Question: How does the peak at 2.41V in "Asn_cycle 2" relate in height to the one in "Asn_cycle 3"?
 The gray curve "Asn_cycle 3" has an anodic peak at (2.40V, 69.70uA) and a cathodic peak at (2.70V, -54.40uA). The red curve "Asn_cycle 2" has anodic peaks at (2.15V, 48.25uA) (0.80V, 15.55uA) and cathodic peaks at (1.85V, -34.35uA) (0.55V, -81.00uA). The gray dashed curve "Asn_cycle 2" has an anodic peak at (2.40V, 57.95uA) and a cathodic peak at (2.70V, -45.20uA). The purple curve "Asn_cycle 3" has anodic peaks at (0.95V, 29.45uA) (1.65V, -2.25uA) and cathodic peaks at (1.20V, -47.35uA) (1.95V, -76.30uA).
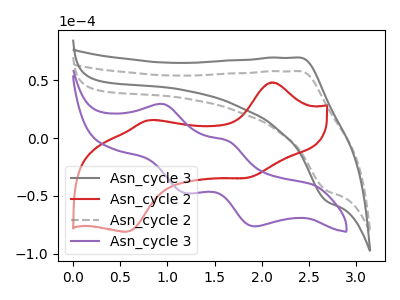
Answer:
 <answer>The peak at 2.41V is lower in "Asn_cycle 2" than in "Asn_cycle 3".</answer>
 <eval>lower</eval>